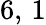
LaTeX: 6,\, 1